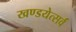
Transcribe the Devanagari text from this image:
खण्डयेत्सर्वं